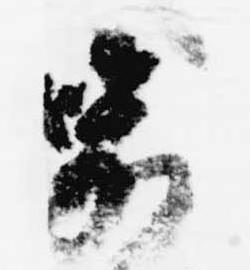
家